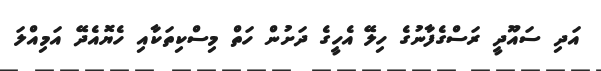
އަދި ސައޫދީ ރަސްގެފާނުގެ ހިލޭ އެހީގެ ދަށުން ހަތް މިސްކިތަކާއި ހެޔޮއެދޭ އަމިއްލަ